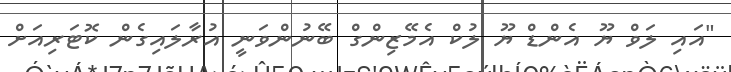
"އައި ލަވް ޔޫ އެންޑް ޔޫ ލުކް އެމޭޒިންގް ބޭނުންވަނީ އުރާލައިގެން ކޮޓަރިއަށް